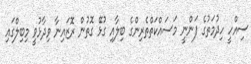
ސިއްހީ ހިދުމަތުގެ ފަންނީ މަސައްކަތްތެރިންގެ ބިލާއި ގުޅޭ ގޮތުން ރޮޒައިނާ ވިދާޅުވީ މިބިލްގައި